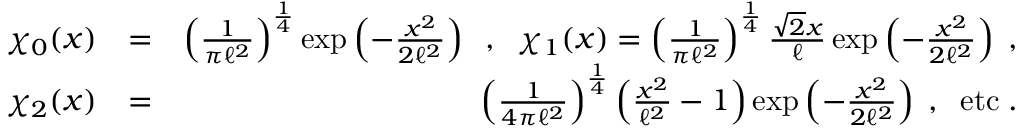
\begin{array} { r l r } { \chi _ { 0 } ( x ) } & { = } & { \left( \frac { 1 } { \pi \ell ^ { 2 } } \right) ^ { \frac { 1 } { 4 } } \exp \left( - \frac { x ^ { 2 } } { 2 \ell ^ { 2 } } \right) \; \; , \; \; \chi _ { 1 } ( x ) = \left( \frac { 1 } { \pi \ell ^ { 2 } } \right) ^ { \frac { 1 } { 4 } } \frac { \sqrt { 2 } x } { \ell } \exp \left( - \frac { x ^ { 2 } } { 2 \ell ^ { 2 } } \right) \; , } \\ { \chi _ { 2 } ( x ) } & { = } & { \left( \frac { 1 } { 4 \pi \ell ^ { 2 } } \right) ^ { \frac { 1 } { 4 } } \left( \frac { x ^ { 2 } } { \ell ^ { 2 } } - 1 \right) \exp \left( - \frac { x ^ { 2 } } { 2 \ell ^ { 2 } } \right) \; , \; \; \mathrm { e t c } \; . } \end{array}